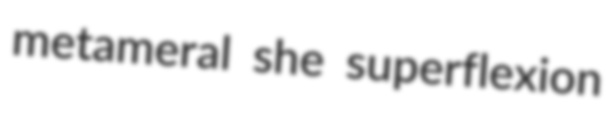
metameral she superflexion